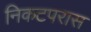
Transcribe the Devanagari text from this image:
निकटपरास